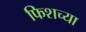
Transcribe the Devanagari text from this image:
फिशच्या